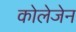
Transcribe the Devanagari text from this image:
कोलेजेन